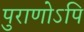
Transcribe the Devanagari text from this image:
पुराणोऽपि